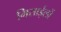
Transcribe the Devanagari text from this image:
मिसाईलों